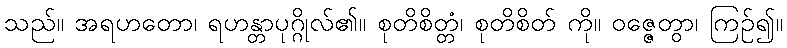
သည်။ အရဟတော၊ ရဟန္တာပုဂ္ဂိုလ်၏။ စုတိစိတ္တံ၊ စုတိစိတ် ကို။ ဝဇ္ဇေတွာ၊ ကြဉ်၍။